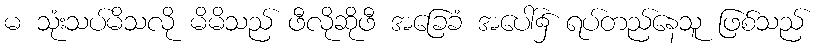
မ သုံးသပ်မိသလို မိမိသည် ဖီလိုဆိုဖီ အခြေခံ အပေါ်၌ ရပ်တည်နေသူ ဖြစ်သည်